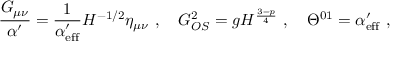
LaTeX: \frac { G _ { \mu \nu } } { \alpha ^ { \prime } } = \frac { 1 } { \alpha _ { \mathrm { e f f } } ^ { \prime } } H ^ { - 1 / 2 } \eta _ { \mu \nu } \ , \quad G _ { O S } ^ { 2 } = g H ^ { \frac { 3 - p } { 4 } } \ , \quad \Theta ^ { 0 1 } = \alpha _ { \mathrm { e f f } } ^ { \prime } \ ,